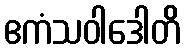
ဧကံသဝါဒေါတိ